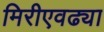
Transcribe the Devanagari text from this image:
मिरीएवढ्या